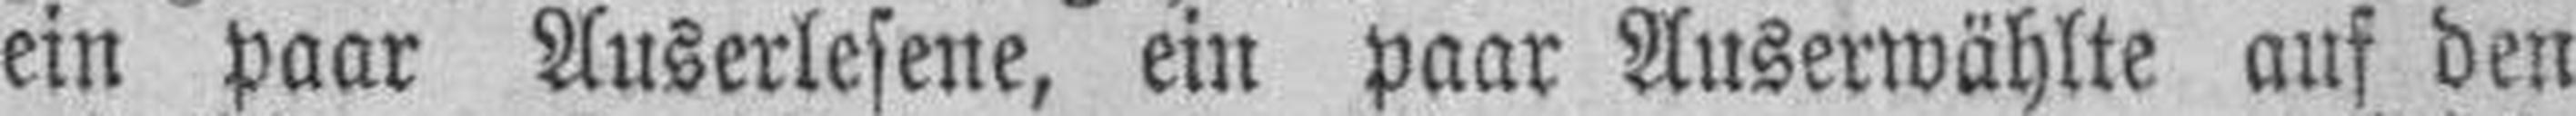
ein paar Auserlesene, ein paar Auserwählte auf den